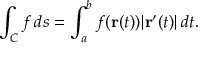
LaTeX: \int _ { C } f \, d s = \int _ { a } ^ { b } f ( \mathbf { r } ( t ) ) | \mathbf { r } ^ { \prime } ( t ) | \, d t .